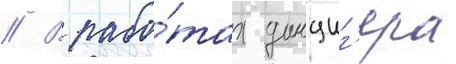
// В рабо́тах данциг'ера